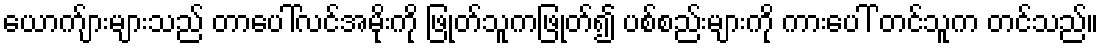
ယောက်ျားများသည် တာပေါ်လင်အမိုးကို ဖြုတ်သူကဖြုတ်၍ ပစ်စည်းများကို ကားပေါ် တင်သူက တင်သည်။